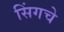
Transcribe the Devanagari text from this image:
सिंगचे